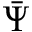
\bar { \Psi }